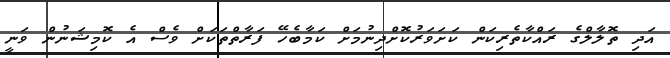
އަދި ތޮލާލްގެ ރައްކާތެރިކަން ކަށަވަރުކޮށްދިނުމަށް ކަމާބެހޭ ފަރާތްތަކަށް ވެސް އެ ކޮމިޝަނުން ވަނީ